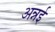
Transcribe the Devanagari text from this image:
अन्नई